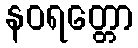
နဝရတ္တော